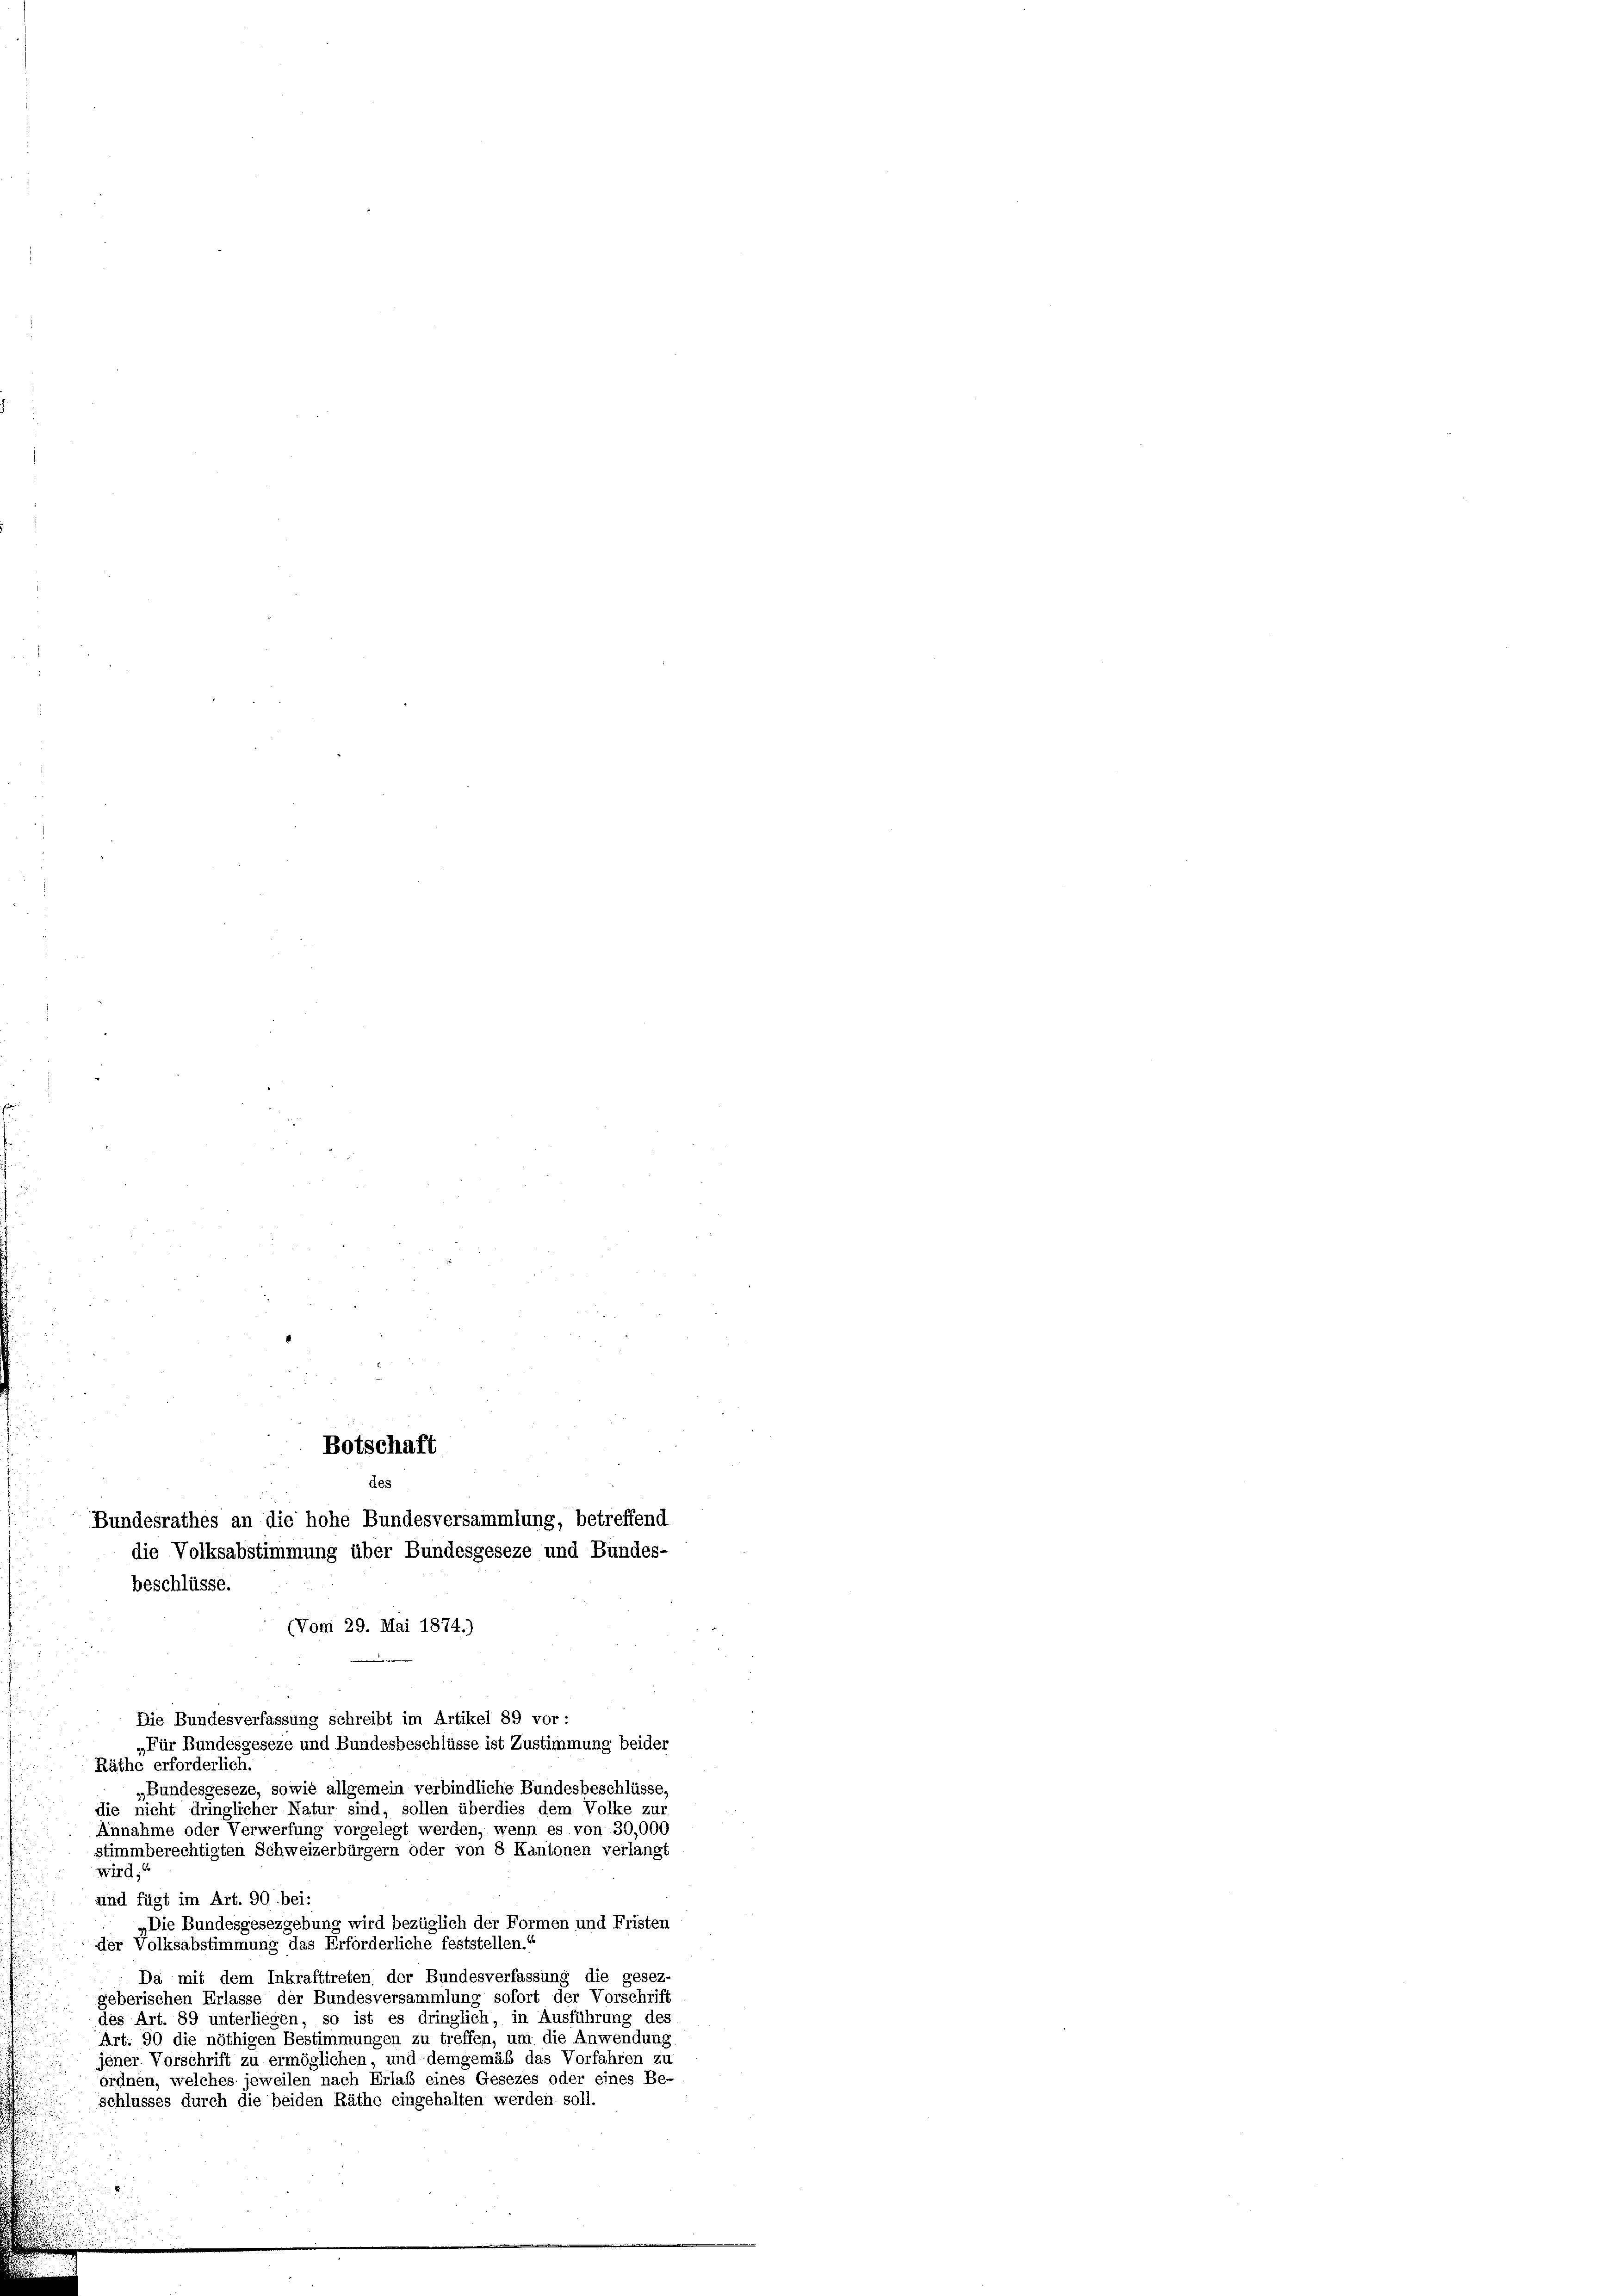
die Volksabstimmung über Bundesgeseze und Bundes-
beschlüsse.
(Vom 29. Mai 1874.)

Botschaft
des

Bundesrathes an die hohe Bundesversammlung, betreffend

Die Bundesverfassung schreibt im Artikel 89 vor:
„Für Bundesgeseze und Bundesbeschlüsse ist Zustimmung beider
Räthe erforderlich.
„Bundesgeseze, sowie allgemein verbindliche Bundesbeschlüsse,
die nicht dringlicher Natur sind, sollen überdies dem Volke zur
Annahme oder Verwerfung vorgelegt werden, wenn es von 30,000
stimmberechtigten Schweizerbürgern oder von 8 Kantonen verlangt
wird;
und fügt im Art. 90 bei:
„Die Bundesgesezgebung wird bezüglich der Formen und Fristen
der Volksabstimmung das Erforderliche feststellen.“
Da mit dem Inkrafttreten der Bundesverfassung die gesez-
geberischen Erlasse der Bundesversammlung sofort der Vorschrift
des Art. 89 unterliegen, so ist es dringlich, in Ausführung des
Art. 90 die nöthigen Bestimmungen zu treffen, um die Anwendung
jener Vorschrift zu ermöglichen, und demgemäß das Vorfahren zu
ordnen, welches jeweilen nach Erlass eines Gesezes oder eines Be-
schlusses durch die beiden Räthe eingehalten werden soll.